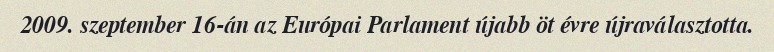
2009. szeptember 16-án az Európai Parlament újabb öt évre újraválasztotta.